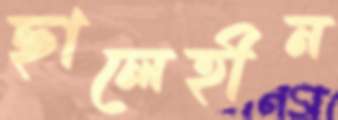
ছালেহীন